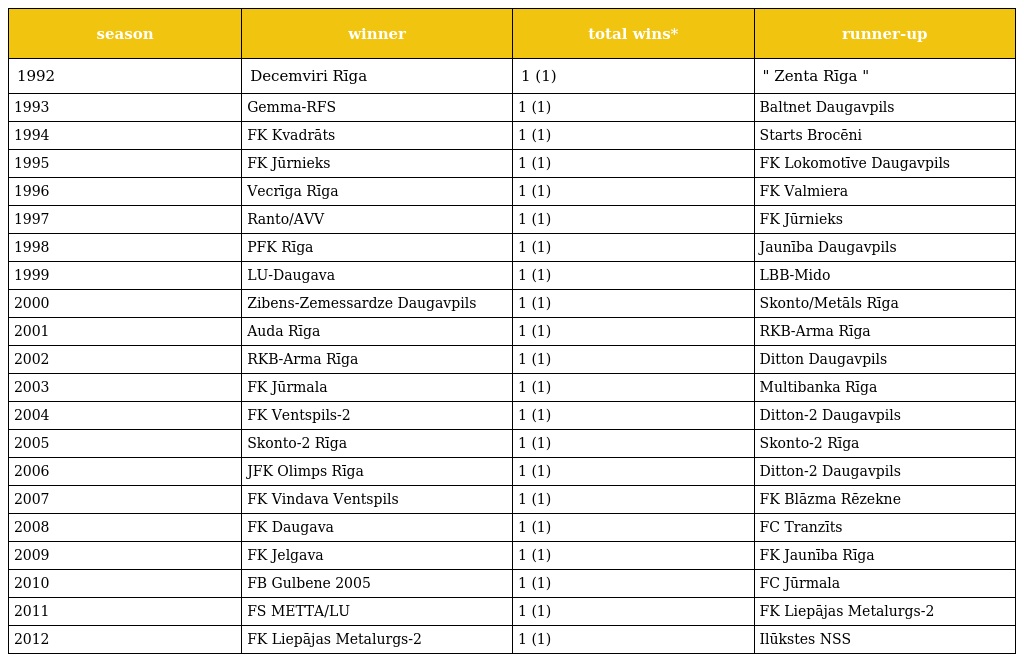
| season | winner | total wins* | runner-up |
 | --- | --- | --- | --- |
 | 1992 | Decemviri Rīga | 1 (1) | " Zenta Rīga " |
 | 1993 | Gemma-RFS | 1 (1) | Baltnet Daugavpils |
 | 1994 | FK Kvadrāts | 1 (1) | Starts Brocēni |
 | 1995 | FK Jūrnieks | 1 (1) | FK Lokomotīve Daugavpils |
 | 1996 | Vecrīga Rīga | 1 (1) | FK Valmiera |
 | 1997 | Ranto/AVV | 1 (1) | FK Jūrnieks |
 | 1998 | PFK Rīga | 1 (1) | Jaunība Daugavpils |
 | 1999 | LU-Daugava | 1 (1) | LBB-Mido |
 | 2000 | Zibens-Zemessardze Daugavpils | 1 (1) | Skonto/Metāls Rīga |
 | 2001 | Auda Rīga | 1 (1) | RKB-Arma Rīga |
 | 2002 | RKB-Arma Rīga | 1 (1) | Ditton Daugavpils |
 | 2003 | FK Jūrmala | 1 (1) | Multibanka Rīga |
 | 2004 | FK Ventspils-2 | 1 (1) | Ditton-2 Daugavpils |
 | 2005 | Skonto-2 Rīga | 1 (1) | Skonto-2 Rīga |
 | 2006 | JFK Olimps Rīga | 1 (1) | Ditton-2 Daugavpils |
 | 2007 | FK Vindava Ventspils | 1 (1) | FK Blāzma Rēzekne |
 | 2008 | FK Daugava | 1 (1) | FC Tranzīts |
 | 2009 | FK Jelgava | 1 (1) | FK Jaunība Rīga |
 | 2010 | FB Gulbene 2005 | 1 (1) | FC Jūrmala |
 | 2011 | FS METTA/LU | 1 (1) | FK Liepājas Metalurgs-2 |
 | 2012 | FK Liepājas Metalurgs-2 | 1 (1) | Ilūkstes NSS |